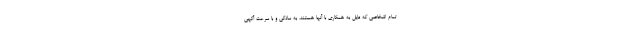
تمام اشخاصی که مایل به همکاری با آنها هستند، به سادگی و با سرعت آگهی